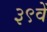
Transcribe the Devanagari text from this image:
३९वें